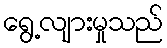
ရွေ့လျားမှုသည်